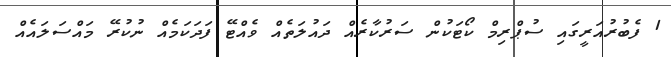
1 ފެބުރުއަރީގައި ސުޕްރިމް ކޯޓަކުން ސަރުކާރެއް ދައުލަތެއް ވެއްޓޭ ފަދަކަމެއް ނުކުރޭ މައްސަލައެއް